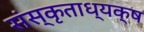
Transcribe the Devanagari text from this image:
संस्कृताध्यक्ष